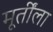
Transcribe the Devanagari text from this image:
मूर्तींला